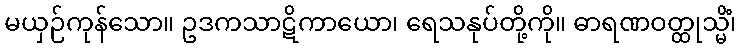
မယှဉ်ကုန်သော။ ဥဒကသာဋိကာယော၊ ရေသနုပ်တို့ကို။ ဓာရဏဝတ္ထုသ္မိံ၊